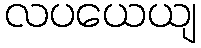
လပယေယျ